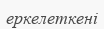
еркелеткені